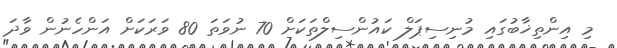
މި އިންތިޚާބުގައި މުނިސިޕަލް ކައުންސިލްތަކަށް 70 ނުވަތަ 80 ވަރަކަށް އަންހެނުން ވާދަ